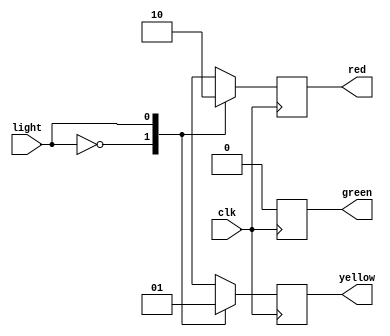

/*________________________________SEMAFORO________________________________*/
module semaforo
	(
  		//input wire en,
  		//input wire reset,
		input wire light,
		//input wire set,	
		//input wire change,	
		input wire clk, 
		output reg green,  
		output reg yellow, 
		output reg red
	);
	        
	parameter RED = 2'b00;
	parameter YELLOW = 2'b01;
	parameter GREEN = 2'b10;
	//parameter OFF = 3'b000;
	//parameter ERROR = 3'b111; 

//States   
/*
	parameter [3:1] E_RED = 3'b000; 
	parameter [3:1] E_YELLOW2R = 3'b001;   		
	parameter [3:1] E_YELLOW2G = 3'b010;
	parameter [3:1] E_GREEN = 3'b011;
	parameter [3:1] E_OFF = 3'b100; 
	parameter [3:1] E_ERROR = 3'b101; 
    reg [3:1] E, e;				   
    
//Timer
reg [15:0] counter_R2G = 16'b0; 
reg time_up_R2G = 1'b0;    
reg [15:0] counter_G2R = 16'b0; 
reg time_up_G2R = 1'b0;			 */	  


	always @ (posedge clk)
		begin 
			case(light)	 
				RED: 
				begin
					red <= 1;
					yellow <= 0;
					green <= 0;
				end
				YELLOW:
				begin
					red <= 0;
					yellow <= 1;
					green <= 0;
				end
				GREEN:
				begin
					red <= 0;
					yellow <= 0;
					green <= 1;
				end
				default:  
				begin
					red <= 0;
					yellow <= 0;
					green <= 0;	
				end
			endcase
				
		end
		
 /* 
//Next-state logic
	always @ (en, set, change, time_up_R2G, time_up_G2R) 
		begin              
			case (e)
				E_OFF:		if (en) E = (set ? E_RED : E_GREEN);
							else E = E_OFF;	  
				E_RED:		if (en & !change) E = E_RED;  
							else if (en & change) E = E_YELLOW2G;   
							else E = E_OFF;
				E_GREEN:	if (en & !change) E = E_GREEN;  
							else if (en & change) E = E_YELLOW2R;  
							else E = E_OFF; 
				E_YELLOW2G: if (en & time_up_R2G) E = E_GREEN;   
							else if (en & !time_up_R2G) E = E_YELLOW2G;
							else E = E_OFF;
				E_YELLOW2R: if (en & time_up_G2R)  E = E_RED;   
							else if (en & !time_up_G2R) E = E_YELLOW2R;
							else E = E_OFF;	  
				default:	E = E_ERROR; 						
			endcase 
			
		end				   

//Update current state
    always @ (posedge clklf)
    	begin   
    		if (reset) e <= E_OFF;
    		else e <= E;
    		
    		//update lights
    		case (e)
    			E_OFF: 		{green, yellow, red} = OFF;
    			E_RED: 		{green, yellow, red} = RED; 
    			E_YELLOW2G: {green, yellow, red} = YELLOW;
    			E_YELLOW2R: {green, yellow, red} = YELLOW;
    			E_GREEN: 	{green, yellow, red} = GREEN;
    			E_ERROR:	{green, yellow, red} = ERROR;
    		endcase 
    		
    		//Timer 
    		if (e == E_YELLOW2R) counter_G2R = counter_G2R + 1;
    		else counter_G2R = 0;
    		if (counter_G2R >= 30000) time_up_G2R = 1;
    		else time_up_G2R = 0; 
    		
    		if (e == E_YELLOW2G) counter_R2G = counter_R2G + 1;
    		else counter_R2G = 0;
    		if (counter_R2G >= 10000) time_up_R2G = 1;
    		else time_up_R2G = 0;	
    	end  */
endmodule